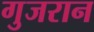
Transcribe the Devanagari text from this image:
गुजरान